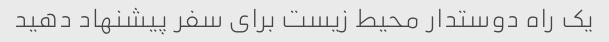
یک راه دوستدار محیط زیست برای سفر پیشنهاد دهید